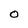
Character: O